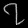
Digit: ၇